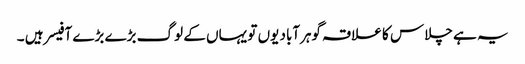
یہ ہے چلاس کا علاقہ گوہرآباد یوں تو یہاں کے لوگ بڑے بڑے آفیسر ہیں ۔